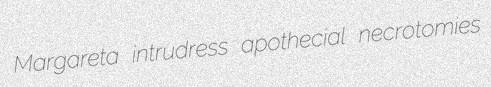
Margareta intrudress apothecial necrotomies